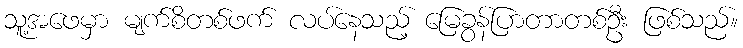
သူ့အဖေမှာ မျက်စိတစ်ဖက် လပ်နေသည့် မြေခွန်ပြာတာတစ်ဦး ဖြစ်သည်။